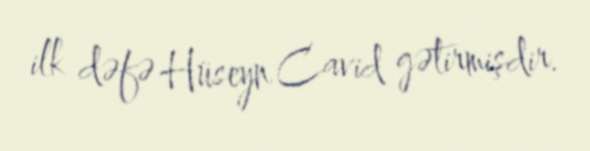
ilk dəfə Hüseyn Cavid gətirmişdir.